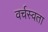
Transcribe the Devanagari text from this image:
वर्चस्वता